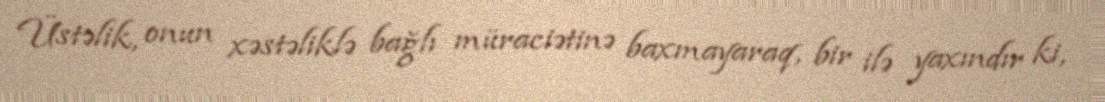
Üstəlik, onun xəstəliklə bağlı müraciətinə baxmayaraq, bir ilə yaxındır ki,